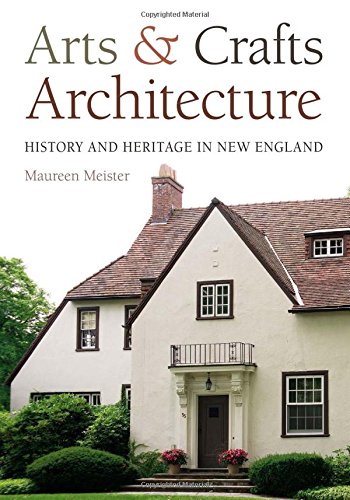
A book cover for Arts and Crafts Architecture: History and Heritage in New England; Maureen Meister; Arts & Photography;